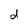
Character: d